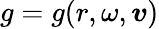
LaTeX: g=g(r,\omega,\boldsymbol{v})